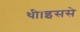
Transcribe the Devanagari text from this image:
थी।इससे